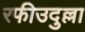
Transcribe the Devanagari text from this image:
रफीउदुल्ला